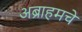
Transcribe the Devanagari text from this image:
अब्राहमचे